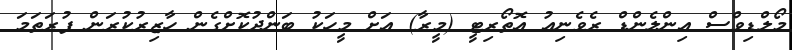
މޯލްޑިވްސް އިންލެންޑް ރެވެނިއު އޮތޯރިޓީ (މީރާ) އަށް މީހަކު ބަންދުކޮށްގެން ހާޒިރުކުރަން ފުރަތަމަ